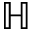
\mathbb { H }